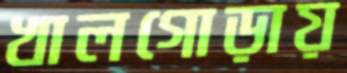
খালগোড়ায়